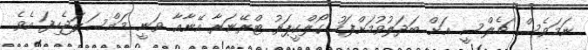
ނަމަވެސް ޗެލްސީ އަށް ބަދަލުވުމަށްފަހު ގޯލްކީޕަރު ޓްރޭނަރާ އޭނާއާ ވަނީ މައްސަލަޖެހިފަ އެވެ.